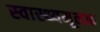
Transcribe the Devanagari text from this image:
स्वास्थ्यमूलक